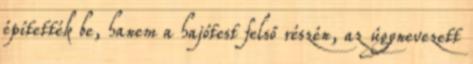
építették be, hanem a hajótest felső részén, az úgynevezett